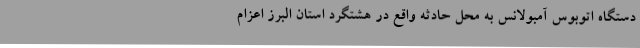
دستگاه اتوبوس آمبولانس به محل حادثه واقع در هشتگرد استان البرز اعزام